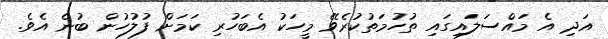
އަދި އެ މައްސަލައިގައި ތުހުމަތުކުރެވޭ މީހަކު އެބަހުރި ކަމަށް ފުލުހުން ބުނެ އެވެ.